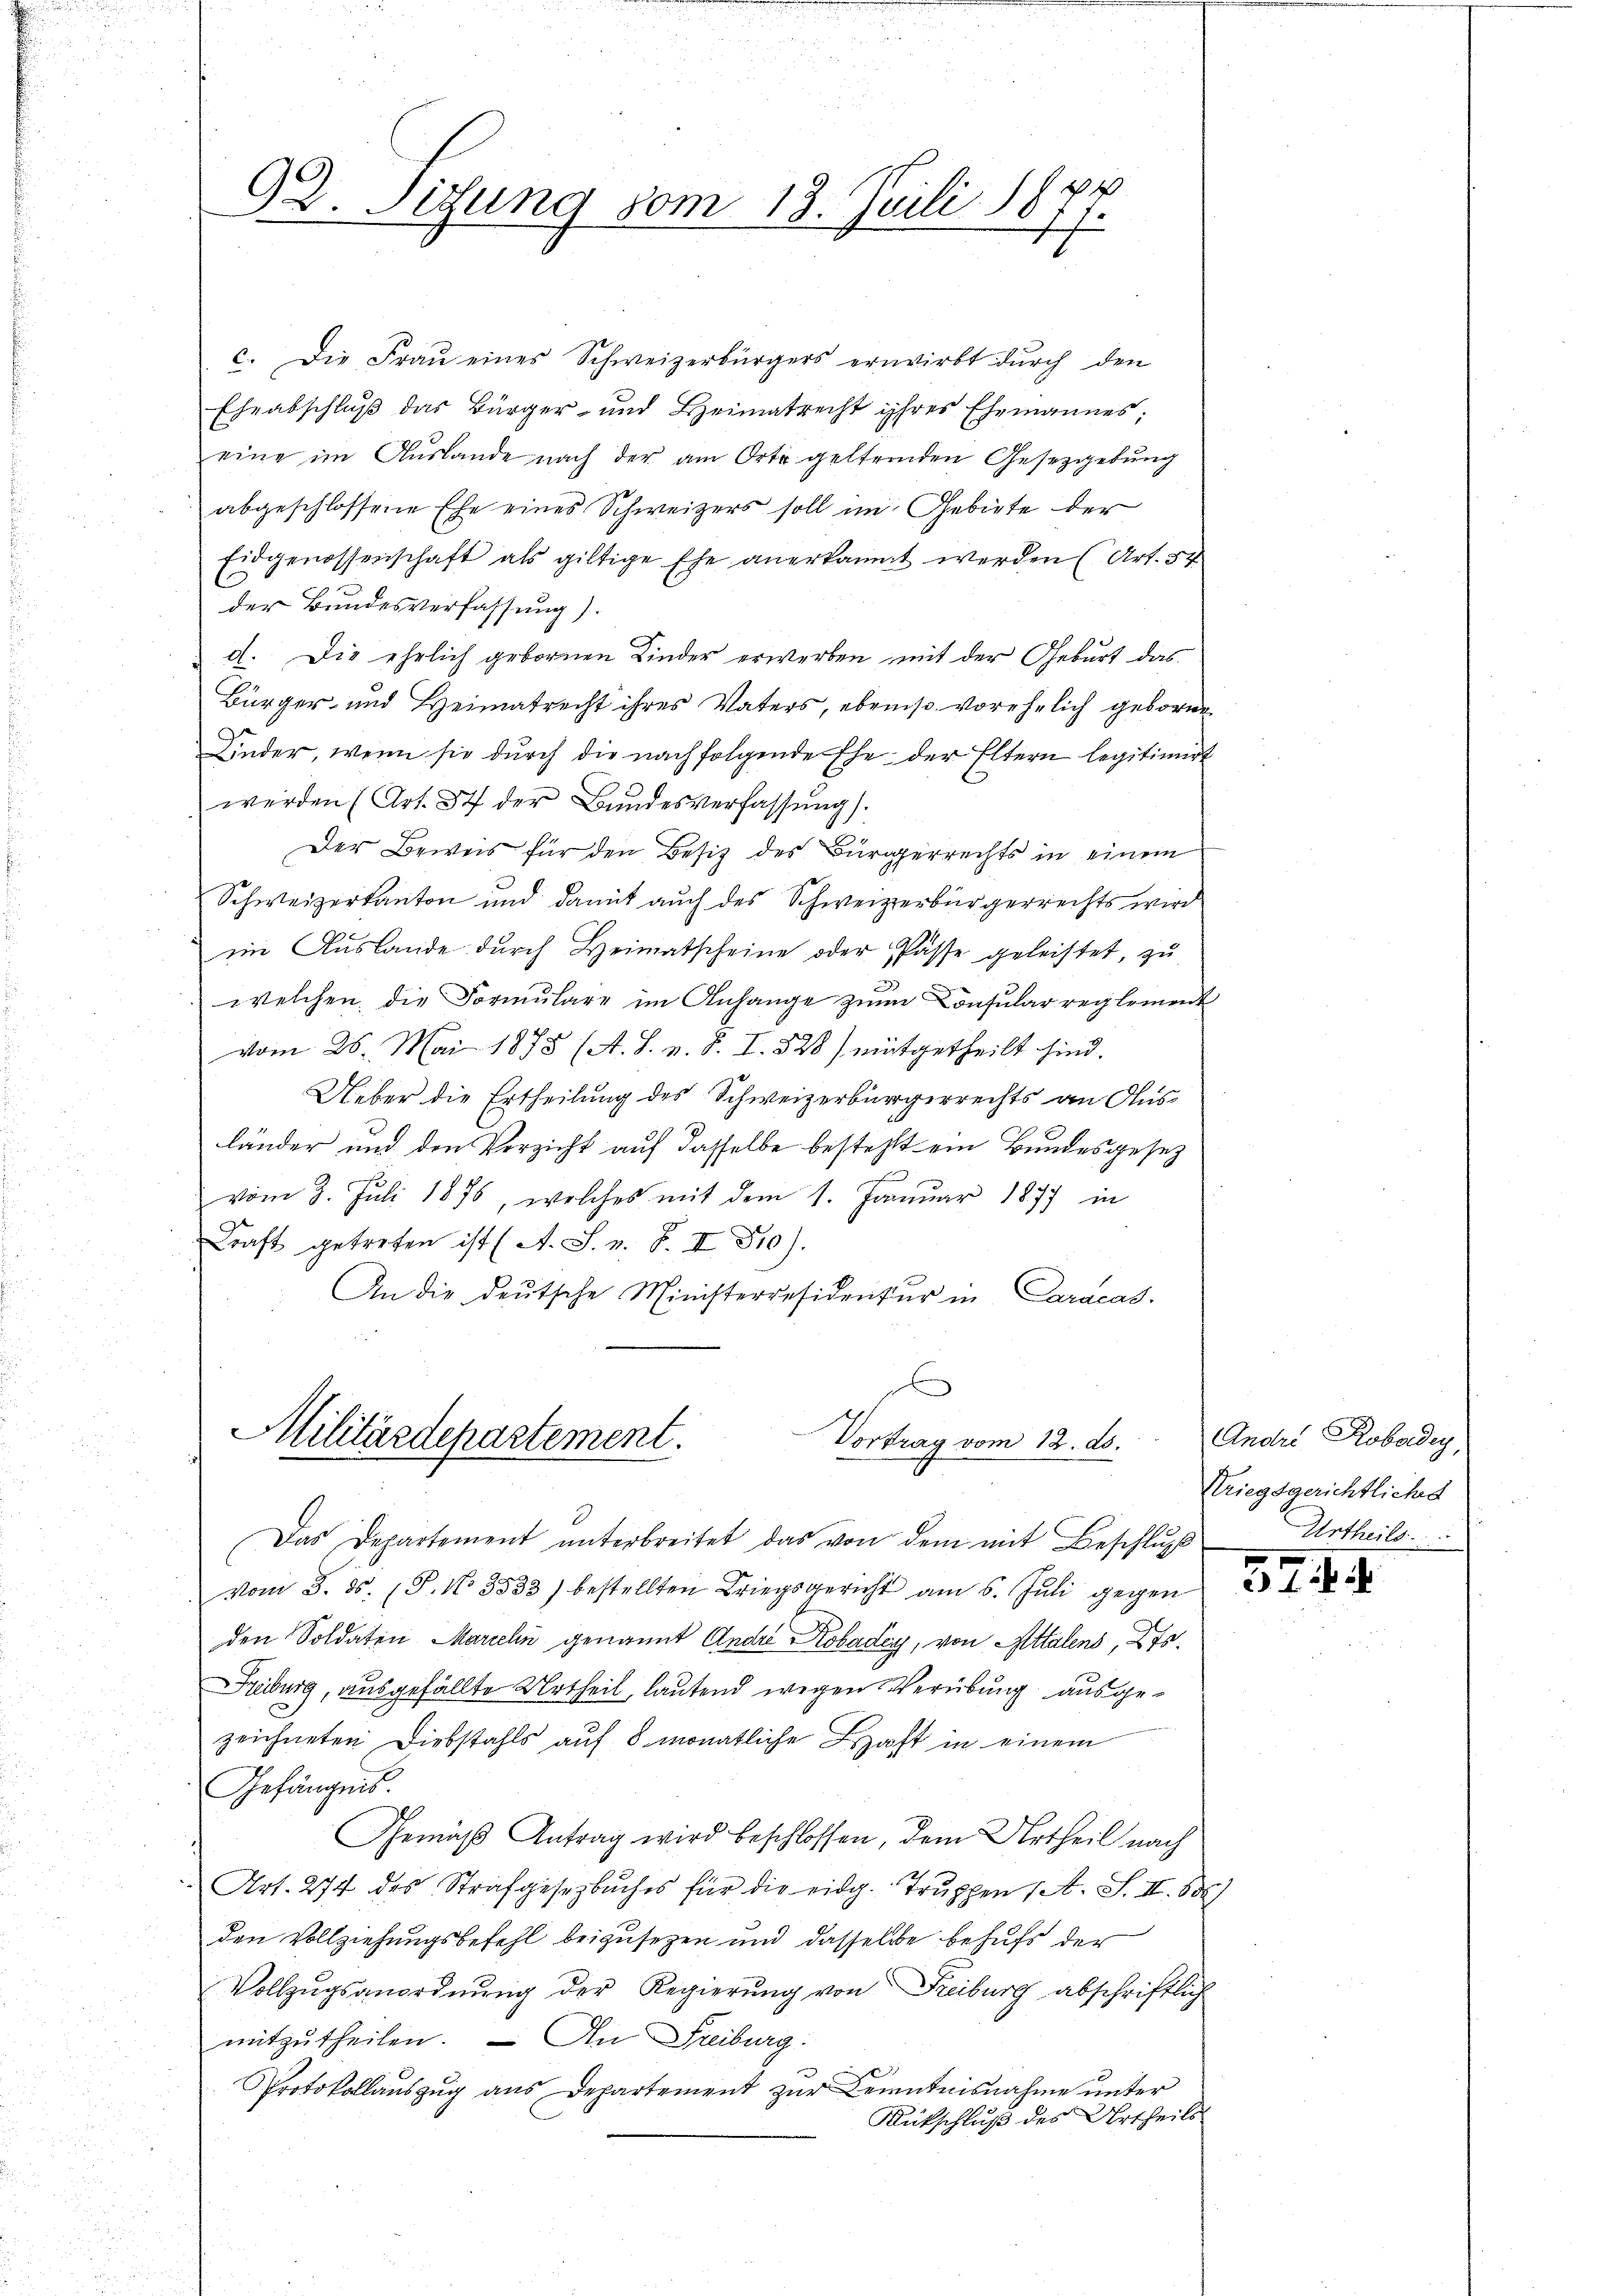
7
92. Sitzung vom 18. Juli 184
.
Er

c. Die Fraŭ eines Schweizerbürgers erwirbt dŭrch den
Eheabschluß das Bürger- und Heimatrecht ihres Ehemannes;
eine im Auslande nach der am Orts gelternden Gesetzgebung
abgeschlossene Ehe eines Schweizers soll im Gebiete der
Eidgenossenschaft als giltige Ehe anerkannt werden (Art. 54
der Bundesverfassung).
d. Die ehelich gebornen Kinder erwerben mit der Geburt das
Bürger- und Heimatrecht ihres Vaters, ebenso vorehelich geborne
Kinder, wenn sie durch die nachfolgende Ehe der Eltern legitimiert
werden (Art. 87 der Bundesverfassung).
Der Beweis für den Besitz des Bürgerrechts in einem
Schweizerkanton und damit auch des Schweizerbürgerrechts wird
ii Aŭslande dŭrch Heimatscheine oder Pässe geleistet, zu
welchen, die Formulare im Anhange zum Consular reglement
vom 28. Mai 1878 (A. S. v. J. I. 328) mitgetheilt sind.
Ueber die Ertheilung des Schweizerbürgerrechts an Ausländer und den Verzicht auf dasselbe bestehlt ein Bundesgesetz
vom 3. Juli 1875, welches mit dem 1. Januar 1877 in
Kraft getreten ist (A. S. z. B. II 510).
An die deutsche Ministerresidentur in Caracas.

x
Militärdepartement.
Vortrag vom 18. ds.

Das Departement ŭnterbreitet das von dem mit Beschlŭβ
vom 3. ds. (T. N. 3533) bestellten Kriegsgericht am 6. Juli gegen
den Soldaten Marielin genannt Andre Kobaden, von Attalens, 275.
Freiburg, ausgefällte Urtheil, lautend wegen Verübung ausgezeichneten Diebstahls auf 8 monatliche Haft in einem
Gefängnis
Gemäß Antrag wird beschlossen, dem Urtheil nach
Art. 274 des Strafgesetzbuches für die eidg. Truppen (A. S. II. 880)
den Vollziehungsbefehl beizusetzen und dasselbe behufs der
Vollzŭgsanordnŭng der Regierŭng von Freiburg abschriftlich
mitzŭtheilen. — An Freiburg:
Protokollauszug aus Departement zur Kenntnisnahme unter
Rütschluß des Urtheils

Andri Robardey,
Kriegsgerichtliches
Urtheils.

324.